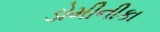
ડોમીનીકા